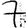
Digit: 7